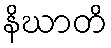
နိဃာတိ